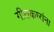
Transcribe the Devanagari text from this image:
गीतकारांना